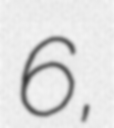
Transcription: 6,